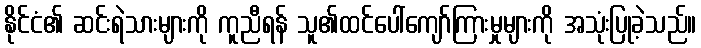
နိုင်ငံ၏ ဆင်းရဲသားများကို ကူညီရန် သူ၏ထင်ပေါ်ကျော်ကြားမှုများကို အသုံးပြုခဲ့သည်။